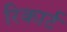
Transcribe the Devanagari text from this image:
रिकार्ट